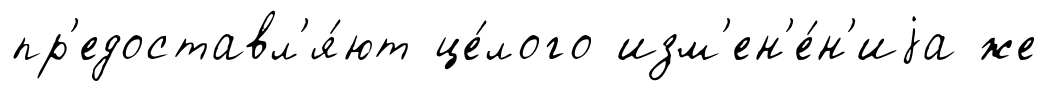
пр'едоставл'я́ют це́лого изм'ен'е́н'иjа же